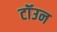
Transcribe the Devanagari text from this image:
टॉउन